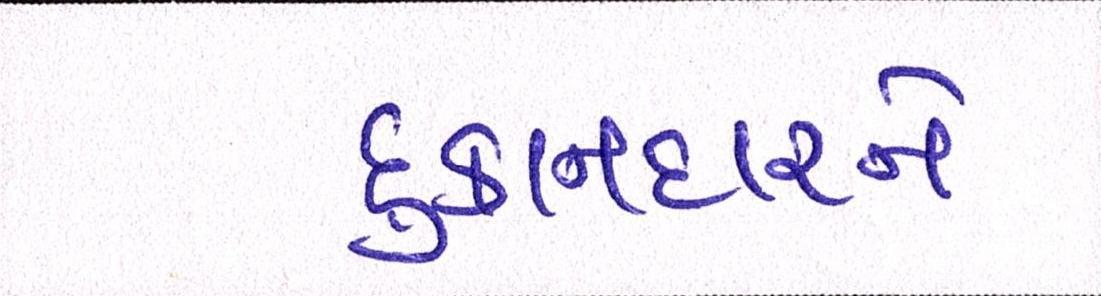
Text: દુકાનદારને